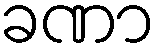
ခဏာ